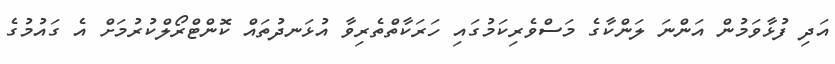
އަދި ފުޅާވަމުން އަންނަ ލަންކާގެ މަސްވެރިކަމުގައި ހަރަކާތްތެރިވާ އުޅަނދުތައް ކޮންޓްރޯލްކުރުމަށް އެ ގައުމުގެ